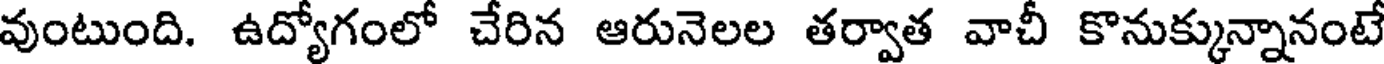
వుంటుంది. ఉద్యోగంలో చేరిన ఆరునెలల తర్వాత వాచీ కొనుక్కున్నానంటే